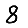
Digit: 8